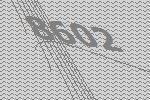
8602